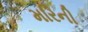
મરિની